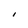
Character: 1